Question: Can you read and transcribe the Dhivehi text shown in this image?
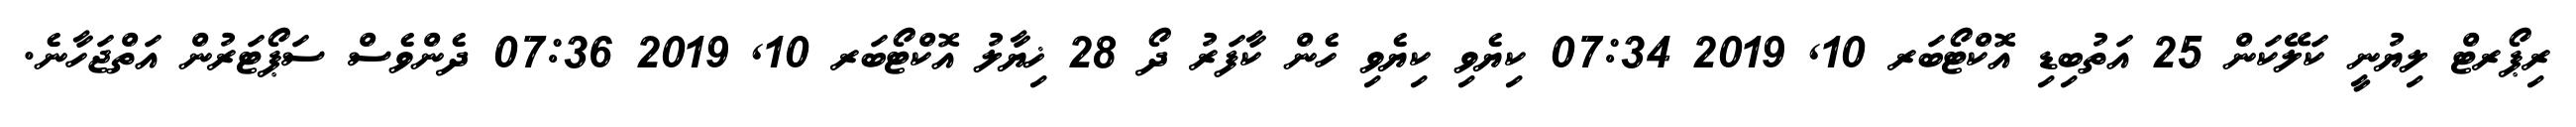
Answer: ރިޕޯރޓް ލިޔުނީ ކަލޭކަން 25 އަތުބިޑި އޮކްޓޯބަރ 10, 2019 07:34 ކިޔެވި ކިޔެވި ހެން ކާފަރު ދޯ 28 ޚިޔާލު އޮކްޓޯބަރ 10, 2019 07:36 ދެންވެސް ސަޕޯޓަރުން އަތްޖަހާނެ.